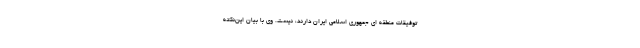
توفیقات منطقه ای جمهوری اسلامی ایران دارند، نیست. وی با بیان این‌نکته